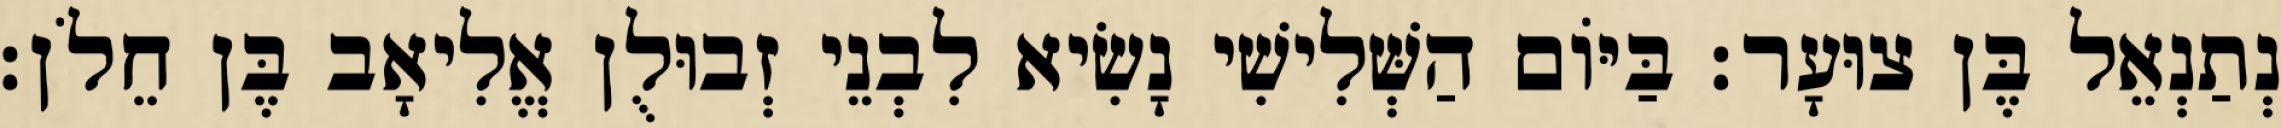
נְתַנְאֵל בֶּן צוּעָר׃ בַּיּוֹם הַשְּׁלִישִׁי נָשִׂיא לִבְנֵי זְבוּלֻן אֱלִיאָב בֶּן חֵלֹן׃